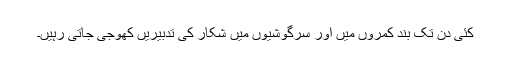
کئی دن تک بند کمروں میں اور سرگوشیوں میں شکار کی تدبیریں کھوجی جاتی رہیں۔